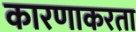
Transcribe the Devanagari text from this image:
कारणाकरता